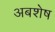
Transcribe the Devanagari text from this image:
अबशेष